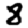
Digit: 8